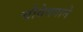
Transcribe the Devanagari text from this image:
चौवेगगाने